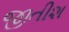
જીતીશ